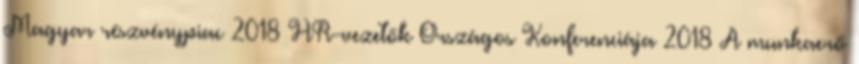
Magyar részvénypiac 2018 HR-vezetők Országos Konferenciája 2018 A munkaerő